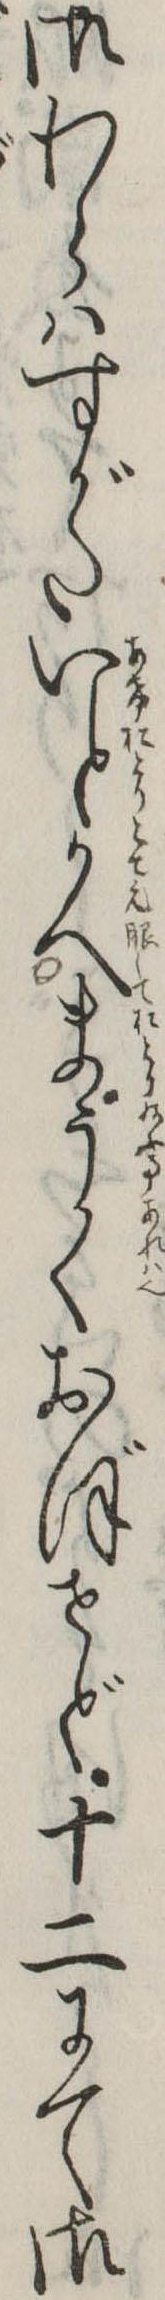
御わらはすがたいとかへまうくおぼせど十二にて御